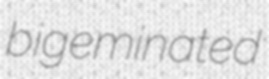
bigeminated